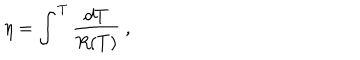
\eta = \int ^ { T } \frac { d T } { R ( T ) } ~ ,